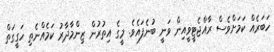
ހަބަރެއް ކަމަށްވެސް ރާއްޖެޓީވީއިން ވަނީ ބުނެފައެވެ. މީގެ އިތުރުން ޒިންމާދާރު ކަމެއްނެތި ހަގީގަތް